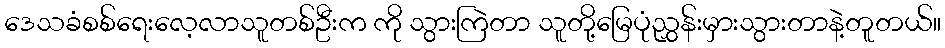
ဒေသခံစစ်ရေးလေ့လာသူတစ်ဦးက ကို သွားကြဲတာ သူတို့မြေပုံညွှန်းမှားသွားတာနဲ့တူတယ်။